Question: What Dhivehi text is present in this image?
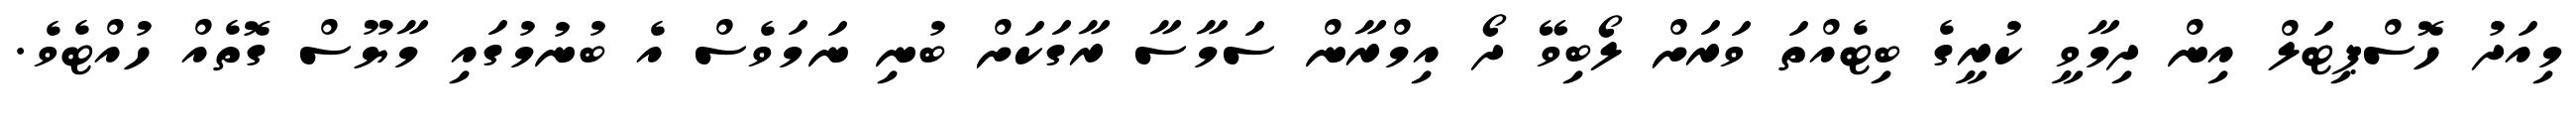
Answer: މިއަދު ހޮސްޕިޓަލް އިން ދިމާވީ ކުރީގެ ބިޓެއްތަ ވަރަށް ލޯބިވޭ ދޯ އިމްރާން ސަމާސާ ރާގަކަށް ބުނި ނަމަވެސް އެ ބުނުމުގައި މާޔޫސް ގޮތެއް ހުއްޓެވެ.